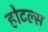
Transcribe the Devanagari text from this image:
होटल्‍स